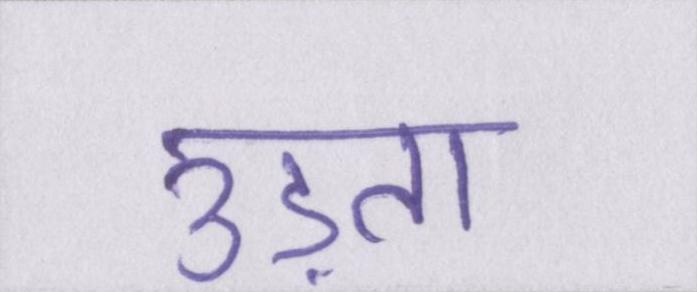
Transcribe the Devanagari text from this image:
उड़ता